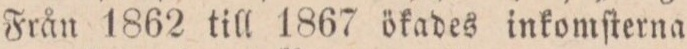
Från 1862 till 1867 ökades inkomſterna